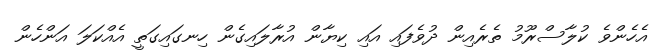
އެހެންވެ ކުލާސްރޫމު ތެރެއިން ދުވެފައި އައި ކިޔާން އުރާލައިގެން ހިނގައިގަތީ އެއްކަލަ އަންހެން